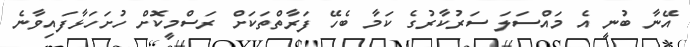
އޭނާ ބުނީ އެ މައްސަލަ ސަރުކާރުގެ ކަމާ ބެހޭ ފަރާތްތަކަށް ރަސްމީކޮށް ހުށަހަޅާފައިވާނެ